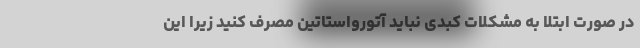
در صورت ابتلا به مشکلات کبدی نباید آتورواستاتین مصرف کنید زیرا این